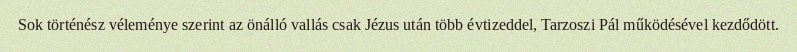
Sok történész véleménye szerint az önálló vallás csak Jézus után több évtizeddel, Tarzoszi Pál működésével kezdődött.